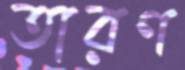
তারণ